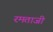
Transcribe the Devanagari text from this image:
रमताजी